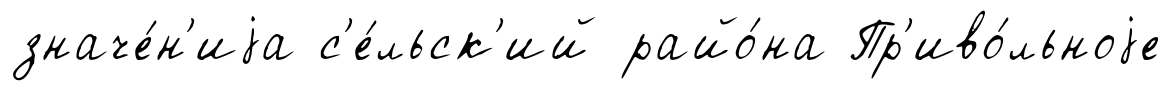
значе́н'иjа с'е́льск'ий райо́на Пр'иво́льноjе